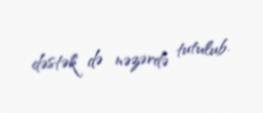
dəstək də nəzərdə tutulub.